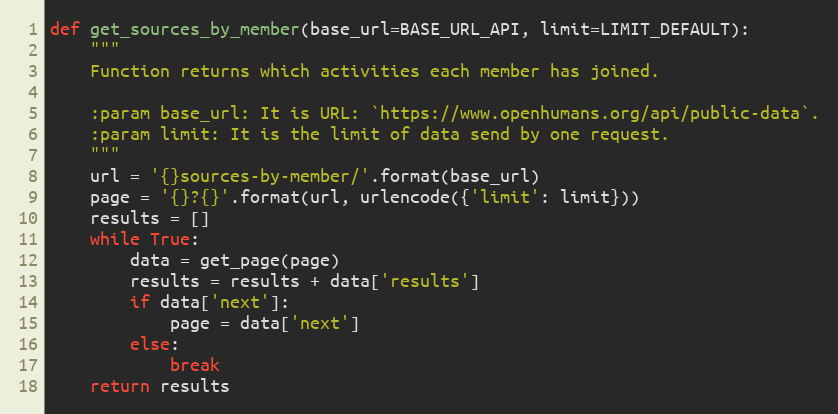
Language: Python
def get_sources_by_member(base_url=BASE_URL_API, limit=LIMIT_DEFAULT):
    """
    Function returns which activities each member has joined.

    :param base_url: It is URL: `https://www.openhumans.org/api/public-data`.
    :param limit: It is the limit of data send by one request.
    """
    url = '{}sources-by-member/'.format(base_url)
    page = '{}?{}'.format(url, urlencode({'limit': limit}))
    results = []
    while True:
        data = get_page(page)
        results = results + data['results']
        if data['next']:
            page = data['next']
        else:
            break
    return results